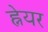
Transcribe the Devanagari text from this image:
ह्नेयर